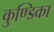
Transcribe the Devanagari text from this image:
कुण्डिका